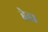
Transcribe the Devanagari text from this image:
हेडा